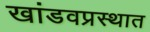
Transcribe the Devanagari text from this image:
खांडवप्रस्थात